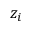
z _ { i }